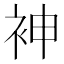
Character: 𫋵